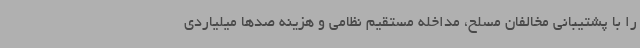
را با پشتیبانی مخالفان مسلح، مداخله مستقیم نظامی و هزینه صدها میلیاردی